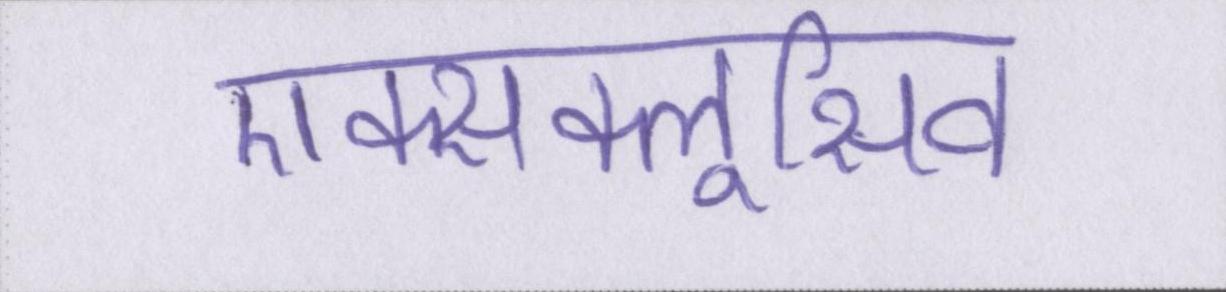
एक्सक्लूसिव